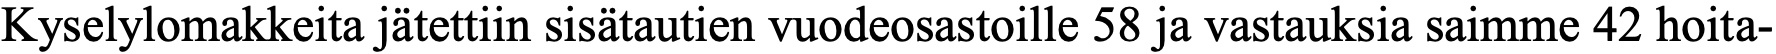
Kyselylomakkeita jätettiin sisätautien vuodeosastoille 58 ja vastauksia saimme 42 hoita-